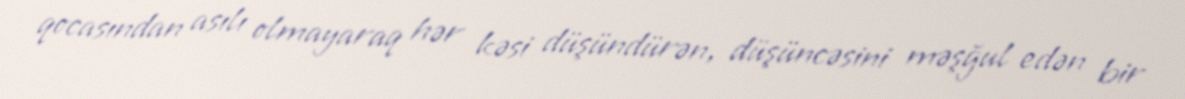
qocasından asılı olmayaraq hər kəsi düşündürən, düşüncəsini məşğul edən bir